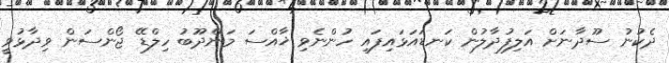
ދެކުނު ސޫދާނަށް އަލިފުދާލުން ކަނޑައަޅައިފައި ހުންނެވި ޚާއްސަ މަންދޫބު ހިލްޑޭ ޖޯންސަން ވިދާޅުވީ